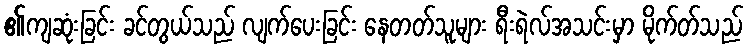
၏ကျဆုံးခြင်း ခင်တွယ်သည် လျက်ပေးခြင်း နေတတ်သူများ ရီးရဲလ်အသင်းမှာ မိုက်တ်သည်